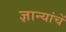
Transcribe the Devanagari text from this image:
ज्ञान्यांचें